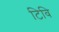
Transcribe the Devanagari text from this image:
टिवि